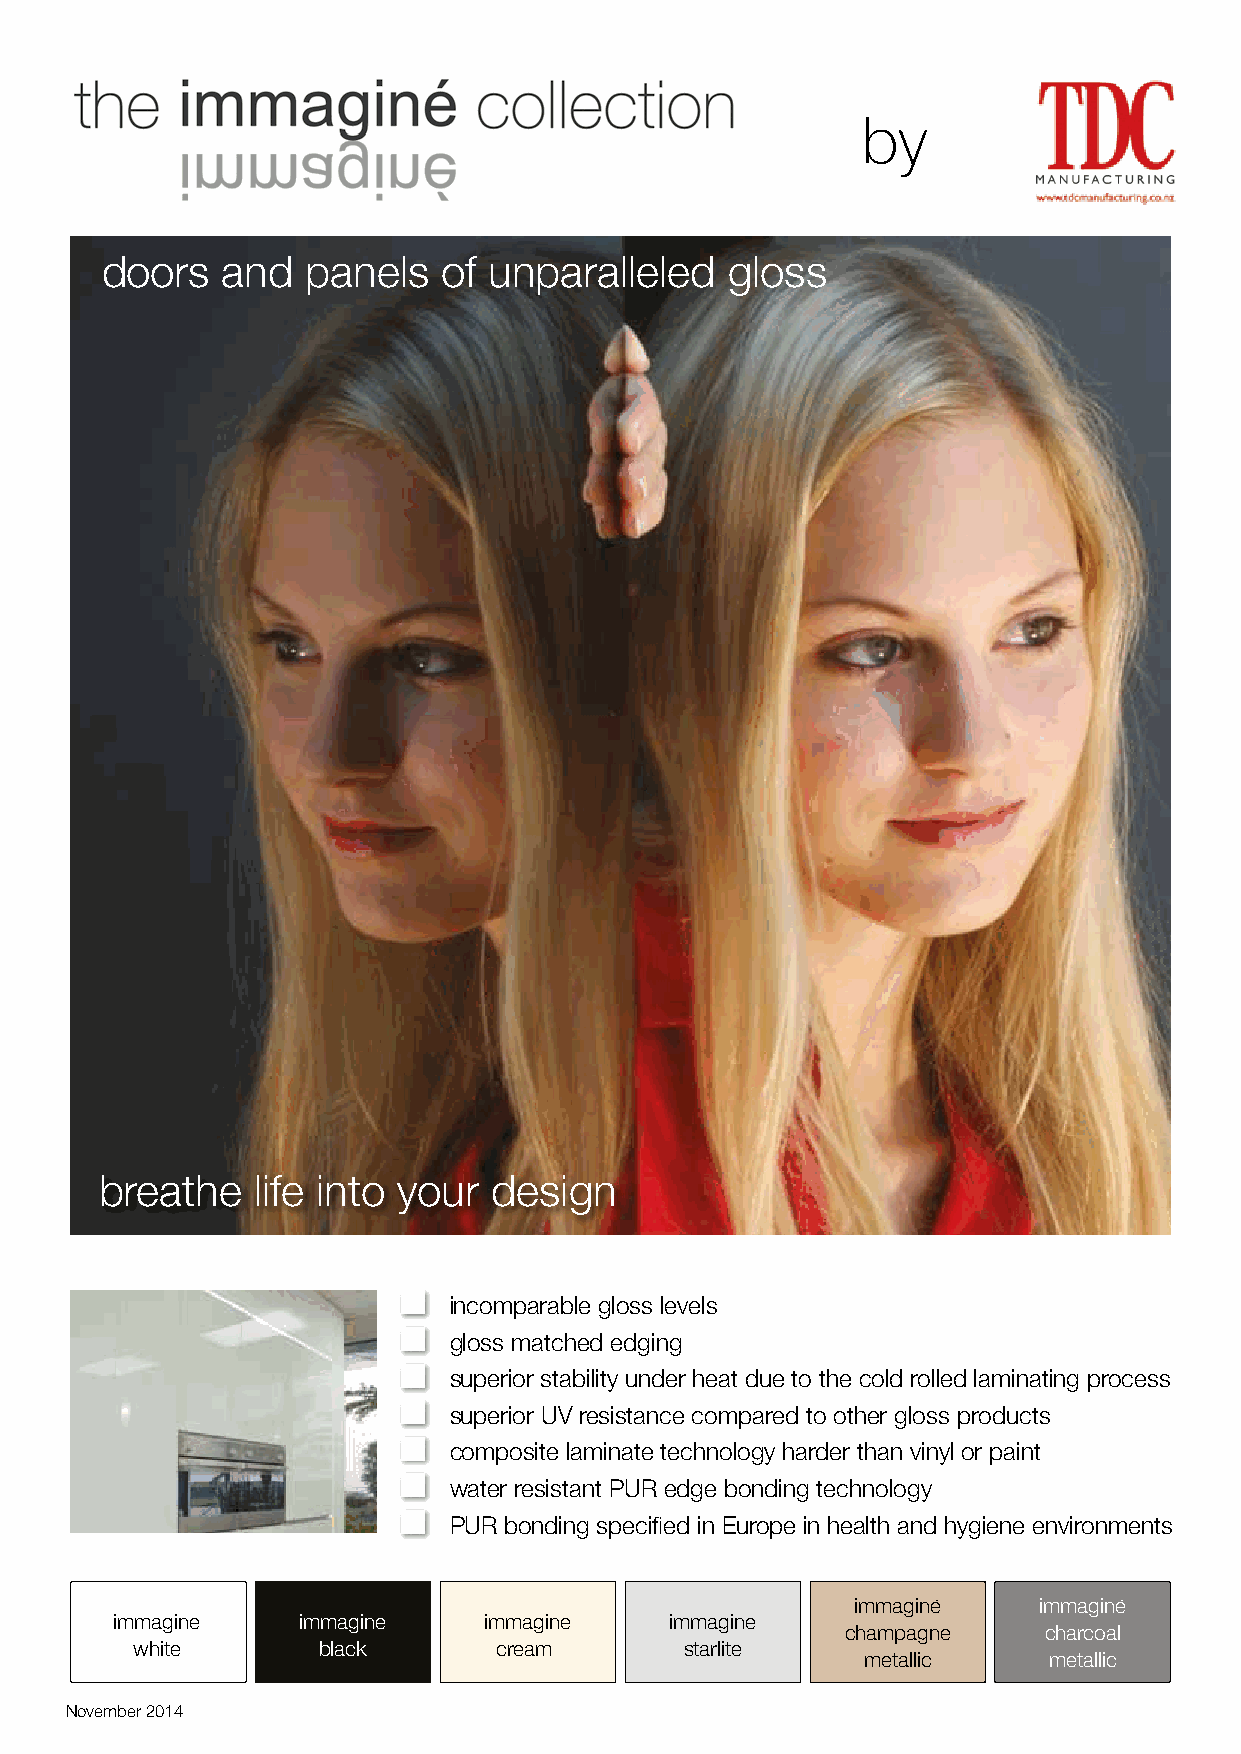
by
 doors   and  panels   of unparalleled    gloss
 breathe   life into your  design
 incomparable gloss levels
 gloss matched edging
 superior stability under heat due to the cold rolled laminating process
 superior UV resistance compared to other gloss products
 composite laminate technology harder than vinyl or paint
 water resistant PUR edge bonding technology
 PUR bonding specified in Europe in health and hygiene environments
 immagine    immagine
 immagine    immagine    immagine    immagine
 champagne    charcoal
 white       black       cream       starlite
 metallic    metallic
 November 2014